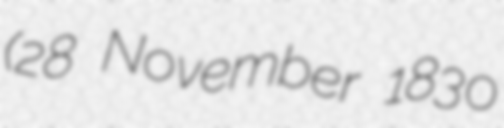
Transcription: (28 November 1830